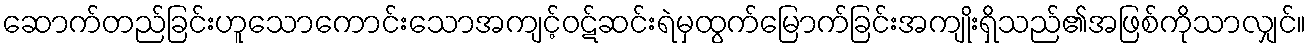
ဆောက်တည်ခြင်းဟူသောကောင်းသောအကျင့်ဝဋ်ဆင်းရဲမှထွက်မြောက်ခြင်းအကျိုးရှိသည်၏အဖြစ်ကိုသာလျှင်။